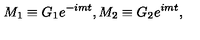
M _ { 1 } \equiv G _ { 1 } e ^ { - i m t } , M _ { 2 } \equiv G _ { 2 } e ^ { i m t } ,